Report of the Indian Hemp Drugs Commission, 1894-1895 - Volume IV
Year: 1894
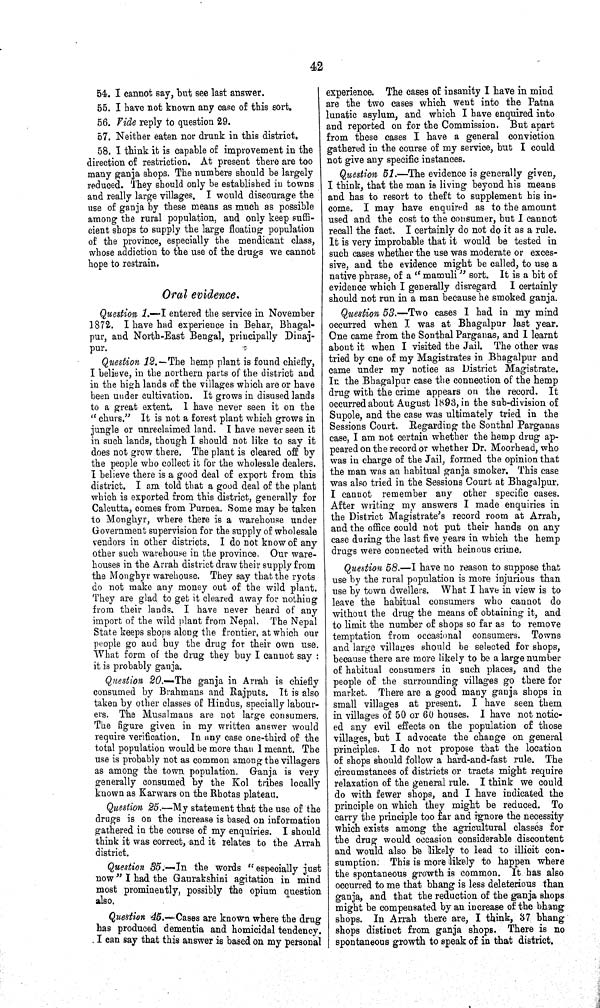
42
54. I cannot say, but see last answer.
55. I have not known any case of this sort.
56. Vide reply to question 29.
57. Neither eaten nor drunk in this district.
58. I think it is capable of improvement in the
direction of restriction. At present there are too
many ganja shops. The numbers should be largely
reduced. They should only be established in towns
and really large villages. I would discourage the
use of ganja by these means as much as possible
among the rural population, and only keep suffi-
cient shops to supply the large floating population
of the province, especially the mendicant class,
whose addiction to the use of the drugs we cannot
hope to restrain.
Oral evidence.
Question 1.—I entered the service in November
1872. I have had experience in Behar, Bhagal-
pur, and North-East Bengal, principally Dinaj-
pur.
Question 12.—The hemp plant is found chiefly,
I believe, in the northern parts of the district and
in the high lands of the villages which are or have
been under cultivation. It grows in disused lands
to a great extent. I have never seen it on the
"churs." It is not a forest plant which grows in
jungle or unreclaimed land. I have never seen it
in such lands, though I should not like to say it
does not grow there. The plant is cleared off by
the people who collect it for the wholesale dealers.
I believe there is a good deal of export from this
district. I am told that a good deal of the plant
which is exported from this district, generally for
Calcutta, comes from Purnea. Some may be taken
to Monghyr, where there is a warehouse under
Government supervision for the supply of wholesale
vendors in other districts. I do not know of any
other such warehouse in the province. Our ware-
houses in the Arrah district draw their supply from
the Monghyr warehouse. They say that the ryots
do not make any money out of the wild plant.
They are glad to get it cleared away for nothing
from their lands. I have never heard of any
import of the wild plant from Nepal. The Nepal
State keeps shops along the frontier, at which our
people go and buy the drug for their own use.
What form of the drug they buy I cannot say:
it is probably ganja.
Question 20.—The ganja in Arrah is chiefly
consumed by Brahmans and Rajputs. It is also
taken by other classes of Hindus, specially labour-
ers. The Musalmans are not large consumers.
The figure given in my written answer would
require verification. In any case one-third of the
total population would be more than I meant. The
use is probably not as common among the villagers
as among the town population. Ganja is very
generally consumed by the Kol tribes locally
known as Karwars on the Rhotas plateau.
Question 25.—My statement that the use of the
drugs is on the increase is based on information
gathered in the course of my enquiries. I should
think it was correct, and it relates to the Arrah
district.
Question 35.—In the words "especially just
now" I had the Gaurakshini agitation in mind
most prominently, possibly the opium question
also.
Question 45.—Cases are known where the drug
has produced dementia and homicidal tendency.
I can say that this answer is based on my personal
experience. The cases of insanity I have in mind
are the two cases which went into the Patna
lunatic asylum, and which I have enquired into
and reported on for the Commission. But apart
from these cases I have a general conviction
gathered in the course of my service, but I could
not give any specific instances.
Question 51.—The evidence is generally given,
I think, that the man is living beyond his means
and has to resort to theft to supplement his in-
come. I may have enquired as to the amount
used and the cost to the consumer, but I cannot
recall the fact. I certainly do not do it as a rule.
It is very improbable that it would be tested in
such cases whether the use was moderate or exces-
sive, and the evidence might be called, to use a
native phrase, of a "mamuli" sort. It is a bit of
evidence which I generally disregard I certainly
should not run in a man because he smoked ganja.
Question 53.—Two cases I had in my mind
occurred when I was at Bhagalpur last year.
One came from the Sonthal Parganas, and I learnt
about it when I visited the Jail. The other was
tried by one of my Magistrates in Bhagalpur and
came under my notice as District Magistrate.
In the Bhagalpur case the connection of the hemp
drug with the crime appears on the record. It
occurred about August 1893, in the sub-division of
Supole, and the case was ultimately tried in the
Sessions Court. Regarding the Sonthal Parganas
case, I am not certain whether the hemp drug ap-
peared on the record or whether Dr. Moorhead, who
was in charge of the Jail, formed the opinion that
the man was an habitual ganja smoker. This case
was also tried in the Sessions Court at Bhagalpur.
I cannot remember any other specific cases.
After writing my answers I made enquiries in
the District Magistrate's record room at Arrah,
and the office could not put their hands on any
case during the last five years in which the hemp
drugs were connected with heinous crime.
Question 58.—I have no reason to suppose that
use by the rural population is more injurious than
use by town dwellers. What I have in view is to
leave the habitual consumers who cannot do
without the drug the means of obtaining it, and
to limit the number of shops so far as to remove
temptation from occasional consumers. Towns
and large villages should be selected for shops,
because there are more likely to be a large number
of habitual consumers in such places, and the
people of the surrounding villages go there for
market. There are a good many ganja shops in
small villages at present. I have seen them
in villages of 50 or 60 houses. I have not notic-
ed any evil effects on the population of those
villages, but I advocate the change on general
principles. I do not propose that the location
of shops should follow a hard-and-fast rule. The
circumstances of districts or tracts might require
relaxation of the general rule. I think we could
do with fewer shops, and I have indicated the
principle on which they might be reduced. To
carry the principle too far and ignore the necessity
which exists among the agricultural classes for
the drug would occasion considerable discontent
and would also be likely to lead to illicit con-
sumption. This is more likely to happen where
the spontaneous growth is common. It has also
occurred to me that bhang is less deleterious than
ganja, and that the reduction of the ganja shops
might be compensated by an increase of the bhang
shops. In Arrah there are, I think, 37 bhang
shops distinct from ganja shops. There is no
spontaneous growth to speak of in that district.